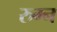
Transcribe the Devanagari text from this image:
रुग्न